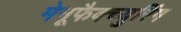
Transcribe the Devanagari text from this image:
मेनूफैक्च्युरिंग